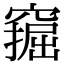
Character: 𫁗